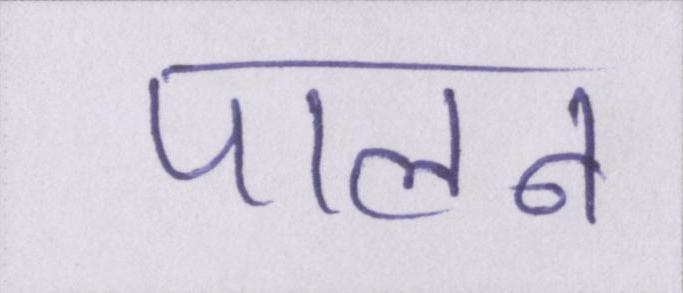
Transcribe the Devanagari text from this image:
पालन